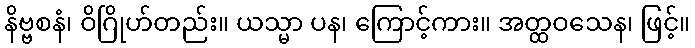
နိဗ္ဗစနံ၊ ဝိဂြိုဟ်တည်း။ ယသ္မာ ပန၊ ကြောင့်ကား။ အတ္ထဝသေန၊ ဖြင့်။